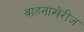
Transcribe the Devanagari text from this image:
वाहनांखेरीज